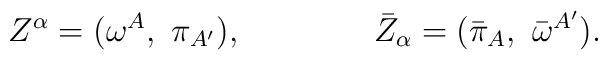
Z^{\alpha} = (\omega^{A},\ \pi_{A^\prime}),\qquad \qquad{\bar  Z}_{\alpha} = ( {\bar  \pi_{A}},\ {\bar\omega}^{A^\prime}).